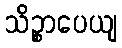
သိဉ္စာပေယျ